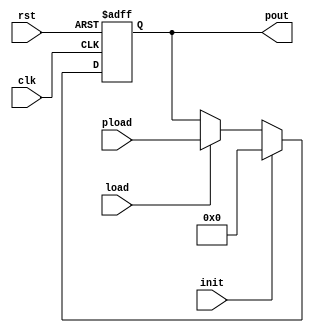
`timescale 1ns/1ns
module UART_reg (
    input clk,
    input rst,
    input load,
    input init,
    input [7:0] pload,
    output reg [7:0] pout
);


    always @(posedge clk, posedge rst) begin
        if (rst == 1)
            pout <= 8'b0;
        else if(init)
            pout <= 8'b0;
        else if (load == 1)
            pout <= pload;
    end


endmodule